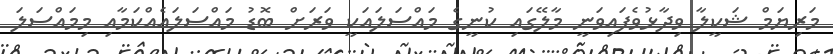
މަރިޔަމް ޝަކީލާ ވިދާޅުވެފައިވަނީ މާލޭގައި ކުނީގެ މައްސަލައަކީ ވަރަށް ބޮޑު މައްސަލައެއްކަމާއި މިމައްސަލަ